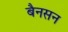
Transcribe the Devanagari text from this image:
बैनसन